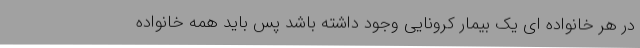
در هر خانواده ای یک بیمار کرونایی وجود داشته باشد پس باید همه خانواده